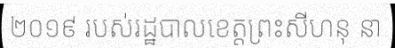
២០១៩ របស់រដ្ឋបាលខេត្តព្រះសីហនុ នា